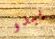
يبدو